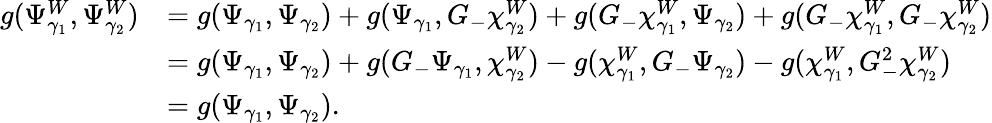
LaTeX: \begin{array}{rl}{g(\Psi_{{\gamma}_{1}}^{W},\Psi_{{\gamma}_{2}}^{W})}&{=g(\Psi_{{\gamma}_{1}},\Psi_{{\gamma}_{2}})+g(\Psi_{{\gamma}_{1}},G_{-}\chi_{{\gamma}_{2}}^{W})+g(G_{-}\chi_{{\gamma}_{1}}^{W},\Psi_{{\gamma}_{2}})+g(G_{-}\chi_{{\gamma}_{1}}^{W},G_{-}\chi_{{\gamma}_{2}}^{W})}\\ &{=g(\Psi_{{\gamma}_{1}},\Psi_{{\gamma}_{2}})+g(G_{-}\Psi_{{\gamma}_{1}},\chi_{{\gamma}_{2}}^{W})-g(\chi_{{\gamma}_{1}}^{W},G_{-}\Psi_{{\gamma}_{2}})-g(\chi_{{\gamma}_{1}}^{W},G_{-}^{2}\chi_{{\gamma}_{2}}^{W})}\\ &{=g(\Psi_{{\gamma}_{1}},\Psi_{{\gamma}_{2}}).}\end{array}